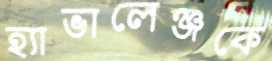
হ্যাভালেঞ্জকে